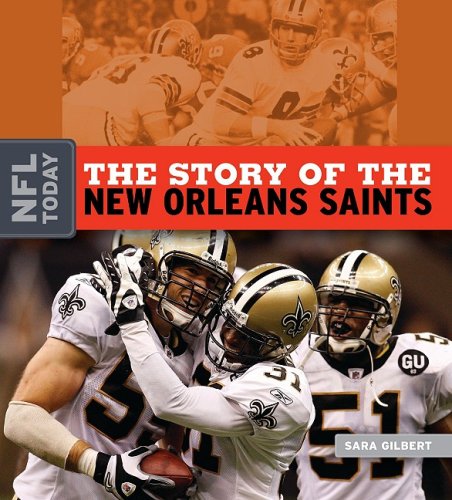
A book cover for The Story of the New Orleans Saints (The NFL Today); Sara Gilbert; Teen & Young Adult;